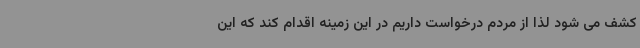
کشف می شود لذا از مردم درخواست داریم در این زمینه اقدام کند که این